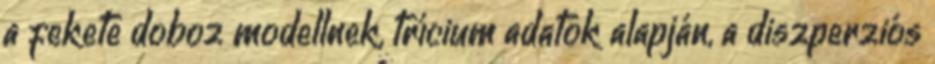
a fekete doboz modellnek, trícium adatok alapján, a diszperziós